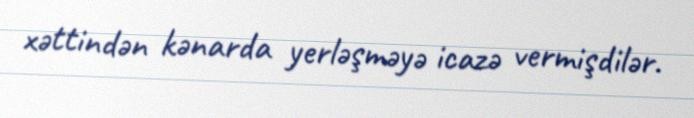
xəttindən kənarda yerləşməyə icazə vermişdilər.